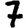
Digit: 7